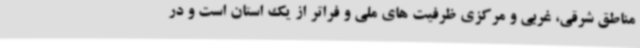
مناطق شرقی، غربی و مرکزی ظرفیت های ملی و فراتر از یک استان است و در